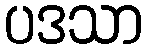
ပဒသာ